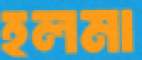
হলমা